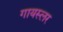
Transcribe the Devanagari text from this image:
गायस्लर